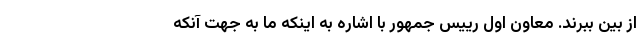
از بین ببرند. معاون اول رییس جمهور با اشاره به اینکه ما به جهت آنکه